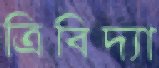
ত্রিবিদ্যা